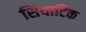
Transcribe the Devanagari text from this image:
सियाटिक